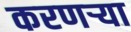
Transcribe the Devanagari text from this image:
करणर्‍या